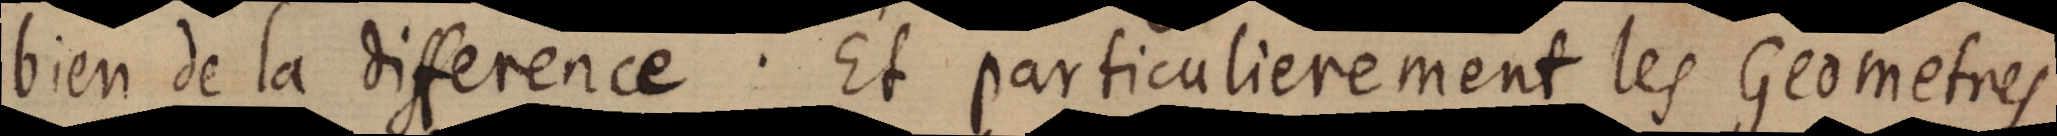
bien de la difference. Et particulierement les Geometres